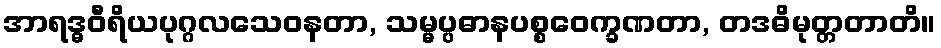
အာရဒ္ဓဝီရိယပုဂ္ဂလသေဝနတာ, သမ္မပ္ပဓာနပစ္စဝေက္ခဏတာ, တဒဓိမုတ္တတာတိ။